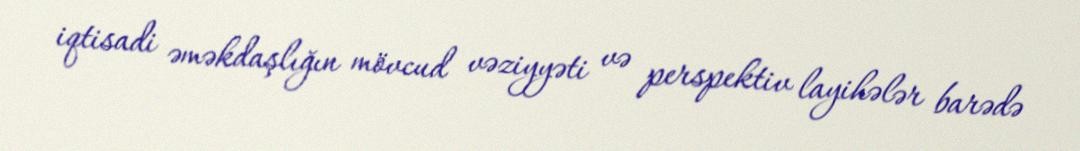
iqtisadi əməkdaşlığın mövcud vəziyyəti və perspektiv layihələr barədə